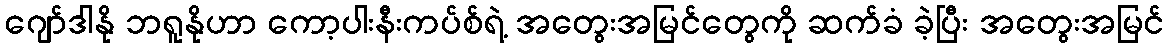
ဂျော်ဒါနို ဘရူနိုဟာ ကော့ပါးနီးကပ်စ်ရဲ့ အတွေးအမြင်တွေကို ဆက်ခံ ခဲ့ပြီး အတွေးအမြင်